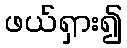
ဖယ်ရှား၍